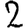
Digit: 2